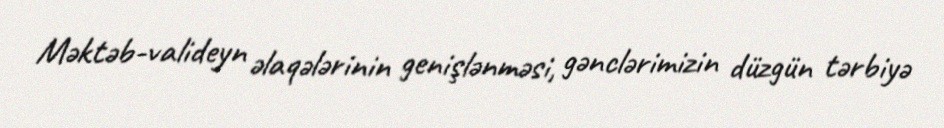
Məktəb-valideyn əlaqələrinin genişlənməsi, gənclərimizin düzgün tərbiyə